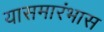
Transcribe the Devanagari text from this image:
यासमारंभास